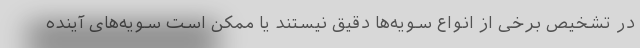
در تشخیص برخی از انواع سویه‌ها دقیق نیستند یا ممکن است سویه‌های آینده